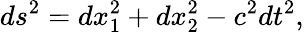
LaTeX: ds^{2}=dx_{1}^{2}+dx_{2}^{2}-c^{2}dt^{2},